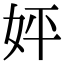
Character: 㛁